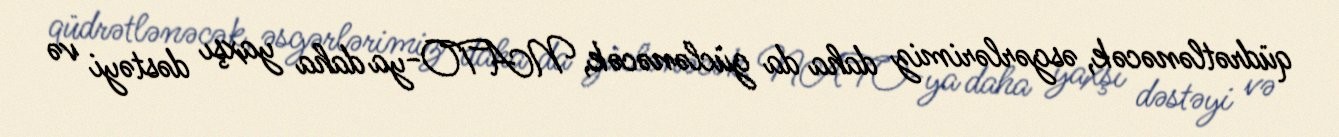
qüdrətlənəcək, əsgərlərimiz daha da güclənəcək, NATO-ya daha yaxşı dəstəyi və